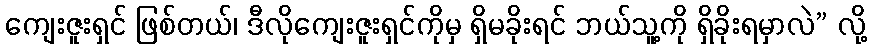
ကျေးဇူးရှင် ဖြစ်တယ်၊ ဒီလိုကျေးဇူးရှင်ကိုမှ ရှိမခိုးရင် ဘယ်သူ့ကို ရှိခိုးရမှာလဲ” လို့